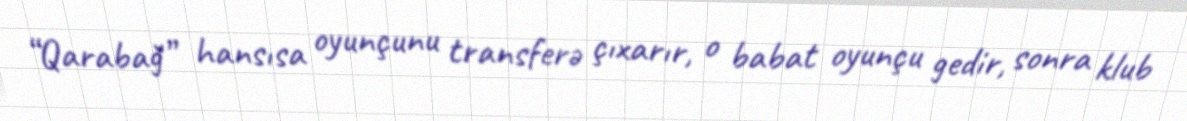
“Qarabağ” hansısa oyunçunu transferə çıxarır, o babat oyunçu gedir, sonra klub